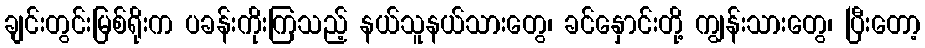
ချင်းတွင်းမြစ်ရိုးက ပခန်းကိုးကြသည့် နယ်သူနယ်သားတွေ၊ ခင်နှောင်းတို့ ကျွန်းသားတွေ၊ ပြီးတော့